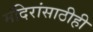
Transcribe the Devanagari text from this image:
मंदिरांसाठीही